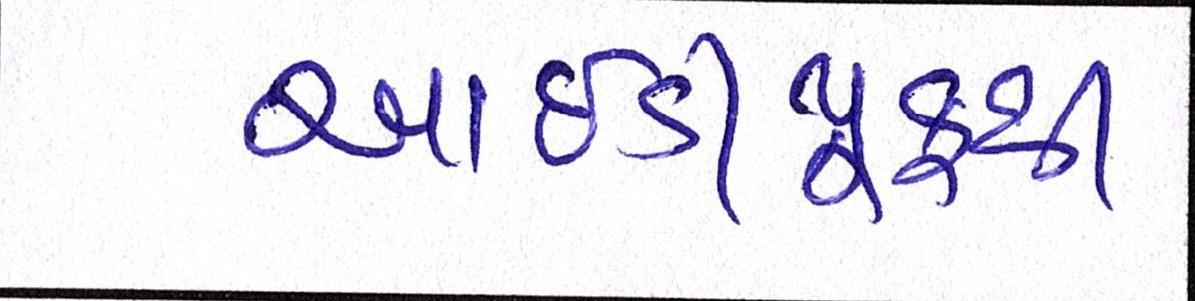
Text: આઇડીપ્રુફથી